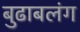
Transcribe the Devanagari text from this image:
बुढाबलंग